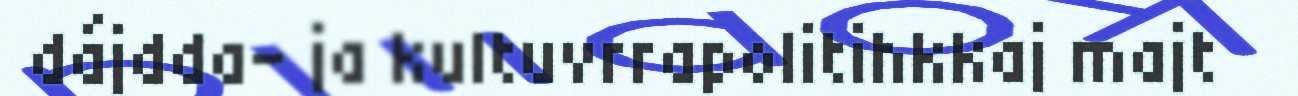
dájdda- ja kultuvrrapolitihkkaj majt